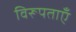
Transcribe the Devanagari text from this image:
विरूपताएँ